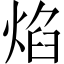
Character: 焰